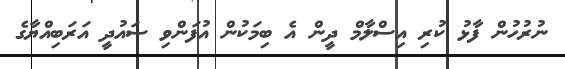
ނުރުހުން ފާޅު ކުރި އިސްލާމް ދީން އެ ބިމަކުން އުފަންވި ސައުދީ އަރަބިއްޔާގެ